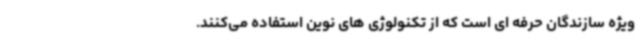
ویژه سازندگان حرفه ای است که از تکنولوژی های نوین استفاده می‌کنند.